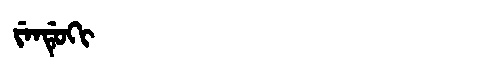
Manchu: ᠵᡝᠨᡩᡠᡴᡳ
Romanization: JENDUKI